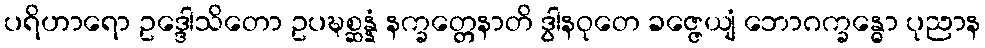
ပရိဟာရော ဥဒ္ဒေါသိတော ဥပဍ္ဎစ္ဆန္နံ နက္ခတ္တေနာတိ ဒွါနဝုတေ ခဇ္ဇေယျံ ဘောဂက္ခန္ဓော ပုညာန